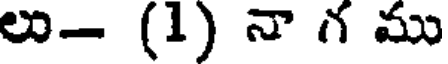
లు- (1) నా గ ము